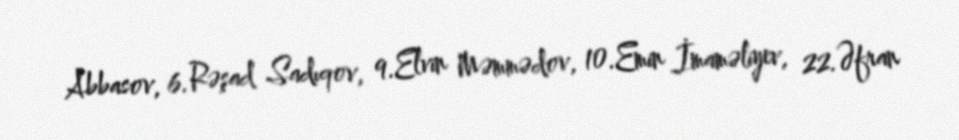
Abbasov, 6.Rəşad Sadıqov, 9.Elvin Məmmədov, 10.Emin İmaməliyev, 22.Əfran